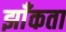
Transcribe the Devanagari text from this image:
झाँकता